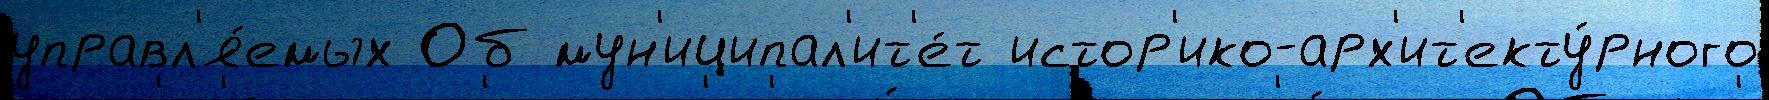
управл'я́емых Об мун'иципал'ит'е́т истор'ико-арх'ит'екту́рного